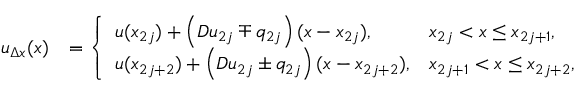
\begin{array} { r l } { u _ { \Delta x } ( x ) } & { = \left\{ \begin{array} { l l } { u ( x _ { 2 j } ) + \left( D u _ { 2 j } \mp q _ { 2 j } \right) ( x - x _ { 2 j } ) , } & { x _ { 2 j } < x \leq x _ { 2 j + 1 } , } \\ { u ( x _ { 2 j + 2 } ) + \left( D u _ { 2 j } \pm q _ { 2 j } \right) ( x - x _ { 2 j + 2 } ) , } & { x _ { 2 j + 1 } < x \leq x _ { 2 j + 2 } , } \end{array} \right. } \end{array}